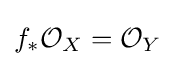
f_{*}{\mathcal {O}}_{X}={\mathcal {O}}_{Y}